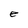
Character: e